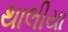
થાલીયા